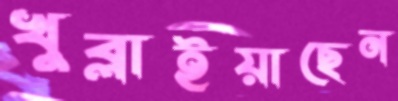
খুব্‌লাইয়াছেন